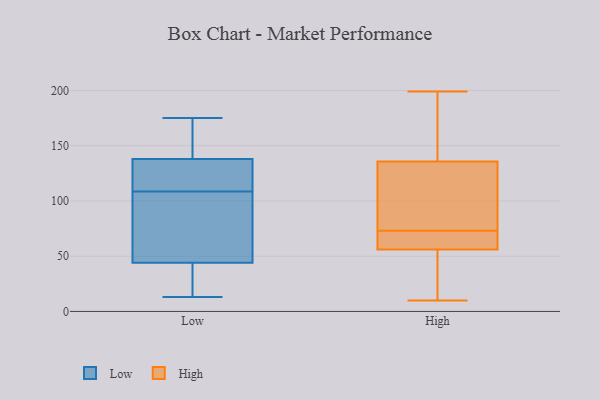
{"axis": {"x": "Population (Million)", "y": "Value"}, "legend": ["High", "Low"], "data": [{"x": "", "y": 78, "type": "Low"}, {"x": "", "y": 88, "type": "Low"}, {"x": "", "y": 157, "type": "Low"}, {"x": "", "y": 22, "type": "Low"}, {"x": "", "y": 174, "type": "Low"}, {"x": "", "y": 99, "type": "Low"}, {"x": "", "y": 142, "type": "Low"}, {"x": "", "y": 134, "type": "Low"}, {"x": "", "y": 118, "type": "Low"}, {"x": "", "y": 33, "type": "Low"}, {"x": "", "y": 134, "type": "Low"}, {"x": "", "y": 55, "type": "Low"}, {"x": "", "y": 14, "type": "Low"}, {"x": "", "y": 171, "type": "Low"}, {"x": "", "y": 13, "type": "Low"}, {"x": "", "y": 124, "type": "Low"}, {"x": "", "y": 28, "type": "Low"}, {"x": "", "y": 66, "type": "Low"}, {"x": "", "y": 118, "type": "Low"}, {"x": "", "y": 175, "type": "Low"}, {"x": "", "y": 107, "type": "High"}, {"x": "", "y": 10, "type": "High"}, {"x": "", "y": 169, "type": "High"}, {"x": "", "y": 17, "type": "High"}, {"x": "", "y": 138, "type": "High"}, {"x": "", "y": 92, "type": "High"}, {"x": "", "y": 50, "type": "High"}, {"x": "", "y": 135, "type": "High"}, {"x": "", "y": 66, "type": "High"}, {"x": "", "y": 70, "type": "High"}, {"x": "", "y": 199, "type": "High"}, {"x": "", "y": 27, "type": "High"}, {"x": "", "y": 102, "type": "High"}, {"x": "", "y": 58, "type": "High"}, {"x": "", "y": 63, "type": "High"}, {"x": "", "y": 194, "type": "High"}, {"x": "", "y": 73, "type": "High"}]}